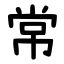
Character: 常